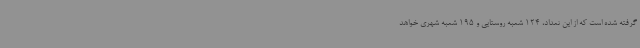
گرفته شده است که از این تعداد، 124 شعبه روستایی و 195 شعبه شهری خواهد